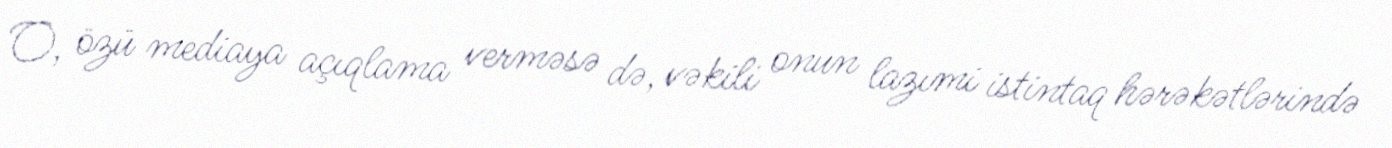
O, özü mediaya açıqlama verməsə də, vəkili onun lazımi istintaq hərəkətlərində